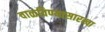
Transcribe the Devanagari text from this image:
वाळविण्यासारखा